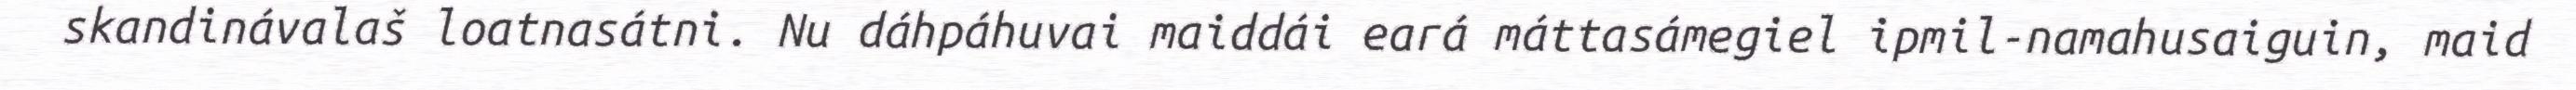
skandinávalaš loatnasátni. Nu dáhpáhuvai maiddái eará máttasámegiel ipmil-namahusaiguin, maid